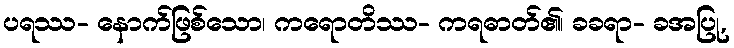
ပရဿ- နောက်ဖြစ်သော၊ ကရောတိဿ- ကရဓာတ်၏၊ ခခရာ- ခအပြု,